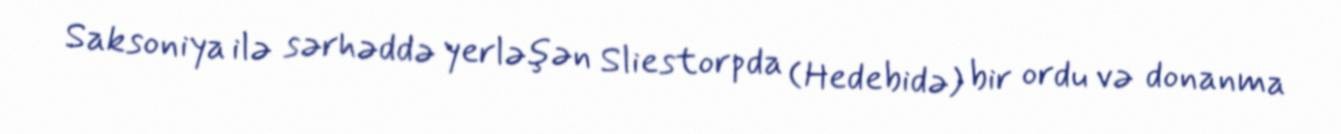
Saksoniya ilə sərhəddə yerləşən Sliestorpda (Hedebidə) bir ordu və donanma